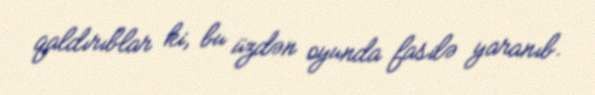
qaldırıblar ki, bu üzdən oyunda fasilə yaranıb.